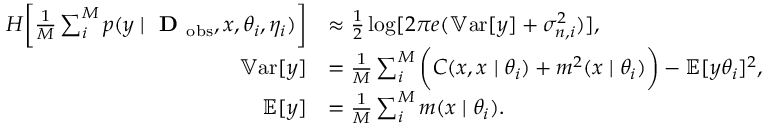
\begin{array} { r l } { H \bigg [ \frac { 1 } { M } \sum _ { i } ^ { M } p ( y \mid \textbf { D } _ { \mathrm { o b s } } , x , \theta _ { i } , \eta _ { i } ) \bigg ] } & { \approx \frac { 1 } { 2 } \log [ 2 \pi e ( \mathbb { V } \mathrm { a r } [ y ] + \sigma _ { n , i } ^ { 2 } ) ] , } \\ { \mathbb { V } \mathrm { a r } [ y ] } & { = \frac { 1 } { M } \sum _ { i } ^ { M } \bigg ( C ( x , x \mid \theta _ { i } ) + m ^ { 2 } ( x \mid \theta _ { i } ) \bigg ) - \mathbb { E } [ y \theta _ { i } ] ^ { 2 } , } \\ { \mathbb { E } [ y ] } & { = \frac { 1 } { M } \sum _ { i } ^ { M } m ( x \mid \theta _ { i } ) . } \end{array}